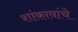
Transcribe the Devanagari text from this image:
शांकावांचे